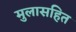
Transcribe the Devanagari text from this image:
मुलासहित